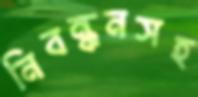
নিবন্ধনসহ